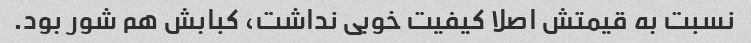
نسبت به قیمتش اصلا کیفیت خوبی نداشت، کبابش هم شور بود.